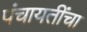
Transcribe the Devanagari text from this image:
पंचायतींचा